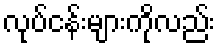
လုပ်ငန်းများကိုလည်း